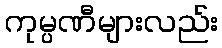
ကုမ္ပဏီများလည်း